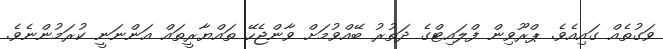
ވަގުތެއް ގައިއެވެ. ޕްރޫވިން ފްލައިޓްގެ ދަތުރު ބޭއްވުމަށް ވާންޖެހޭ ތައްޔާރީތައް އަންނަނީ ކުރަމުންނެވެ.